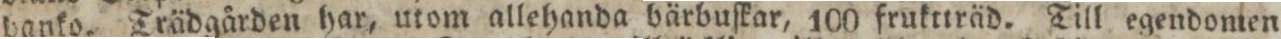
banko. Trädgården har, utom allehanda bärbuſkar, 100 fruktträd. Till egendomen